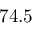
7 4 . 5